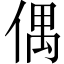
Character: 偶